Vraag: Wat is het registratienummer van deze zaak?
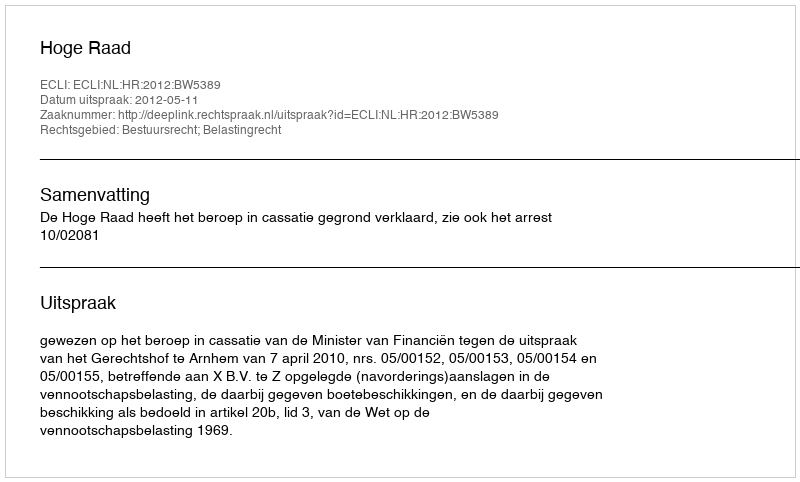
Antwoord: http://deeplink.rechtspraak.nl/uitspraak?id=ECLI:NL:HR:2012:BW5389